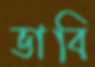
ভাবি